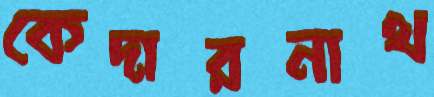
কেদারনাথ